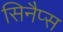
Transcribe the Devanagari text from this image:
सिनैप्स